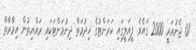
01 ޖެނުއަރީ 2000 ގައެވެ. ފީއަލީގައި ކަރަންޓުގެ ޚިދުމަތް ދިނުމަށްޓަކައި ރައްޔިތުން އިމާރާތް